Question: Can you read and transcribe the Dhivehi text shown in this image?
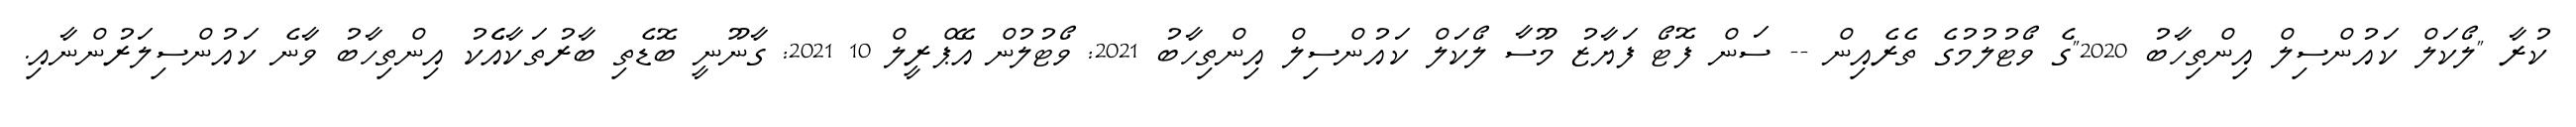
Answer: ކުރާ "ލޯކަލް ކައުންސިލް އިންތިހާބު 2020"ގެ ވޯޓުލުމުގެ ތެރެއިން -- ސަން ފޮޓޯ ފަޔާޒު މޫސާ ލޯކަލް ކައުންސިލް އިންތިހާބު 2021: ވޯޓުލުން އޭޕްރީލް 10 2021: ގާނޫނީ ބޮޑެތި ބާރުތަކާއެެކު އިންތިހާބު ވާނެ ކައުންސިލަރުންނާއި.